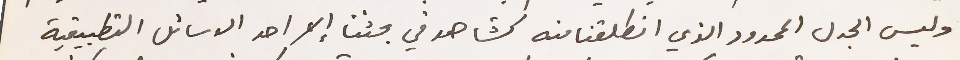
وليس الجدل المحدود الذي انطلقنا منه كشاهد في بحثنا إلا احد الوسائل التطبيقية